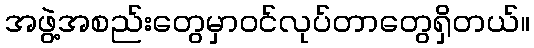
အဖွဲ့အစည်းတွေမှာဝင်လုပ်တာတွေရှိတယ်။